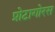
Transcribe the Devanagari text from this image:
प्रोटागोरस